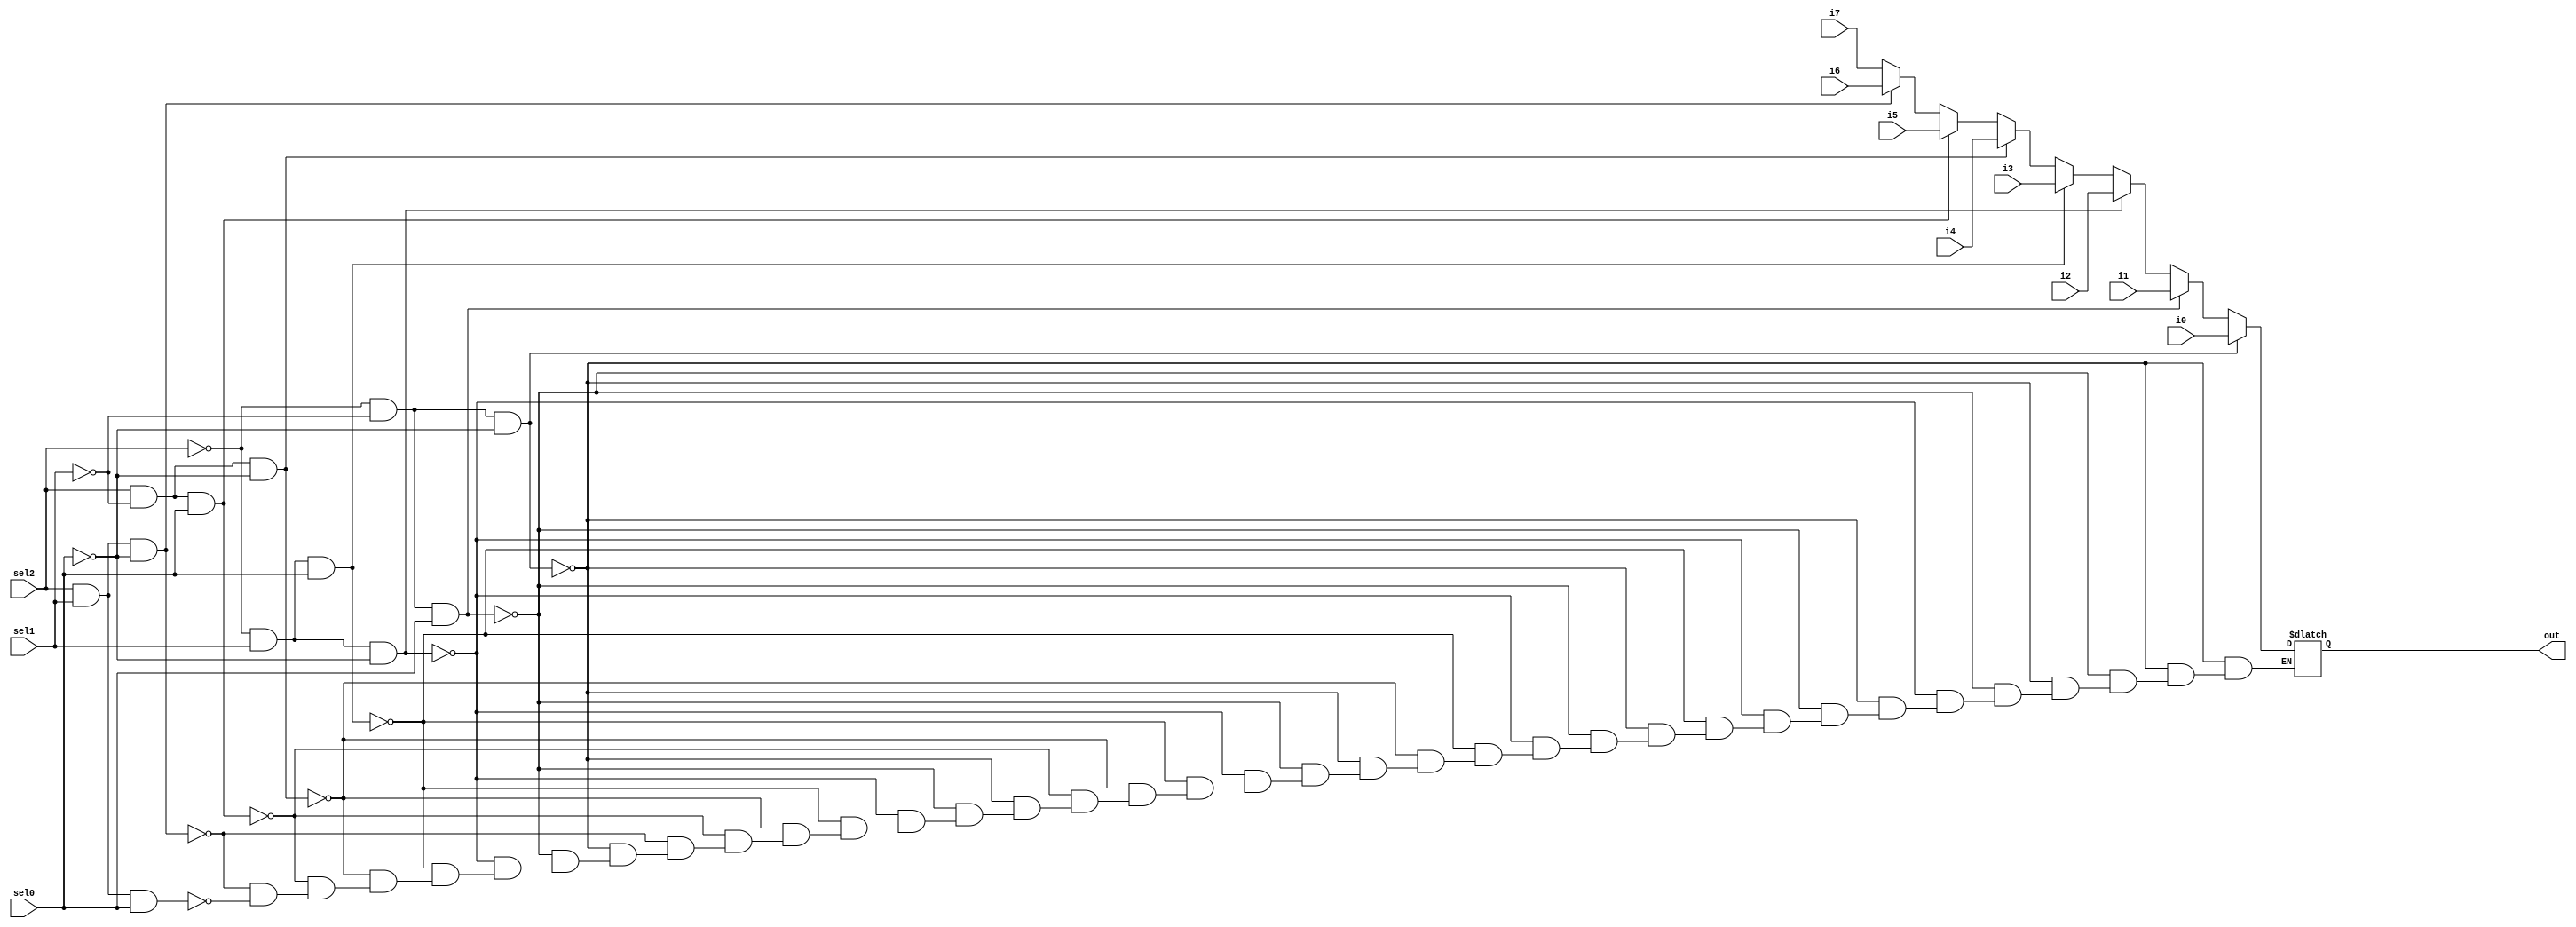
module mux8x3(
    input i0,
    input i1,
    input i2,
    input i3,
    input i4,
    input i5,
    input i6,
    input i7,
    input sel0,
    input sel1,
    input sel2,
    output reg out
    );

always @(i0,i1,i2,i3,i4,i5,i6,i7,sel0,sel1,sel2)
begin

if( sel2==0 && sel1==0 && sel0==0 )
		begin
			out = i0;
		end
		
else if( sel2==0 && sel1==0 && sel0==1 )
		begin
			out = i1;
		end

else if( sel2==0 && sel1==1 && sel0==0 )
		begin
			out = i2;
		end
		
else if( sel2==0 && sel1==1 && sel0==1 )
		begin
			out = i3;
		end
else if( sel2==1 && sel1==0 && sel0==0 )
		begin
			out = i4;
		end
		
else if( sel2==1 && sel1==0 && sel0==1 )
		begin
			out = i5;
		end

else if( sel2==1 && sel1==1 && sel0==0 )
		begin
			out = i6;
		end
		
else if( sel2==1 && sel1==1 && sel0==1 )
		begin
			out = i7;
		end


end


endmodule